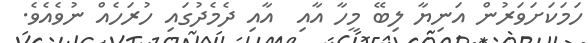
ހަމަކަށަވަރުން އަނިޔާ ލިބޭ މީހާ އާއި  އާއި ދެމެދުގައި ހުރަހެއް ނުވެއެވެ.